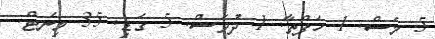
5 މަސް